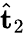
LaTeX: \hat{\mathbf{t}}_{2}